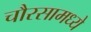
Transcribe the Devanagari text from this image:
चौरसामध्ये